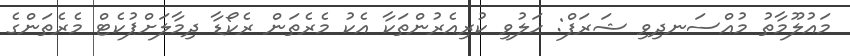
މައުލޫމާތު މުއްސަނދިވި ޝަރަފް: ހަލުވި ކުރިއެރުންތަކާ އެކު މެރެތަން ރެކޯޑާ ދިމާލަށްޕުކެޓް މެރެތަންގެ